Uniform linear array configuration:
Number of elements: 16
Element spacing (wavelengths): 1
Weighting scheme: hann
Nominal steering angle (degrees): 0
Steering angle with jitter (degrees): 1.068
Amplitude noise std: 0.05
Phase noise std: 0.05

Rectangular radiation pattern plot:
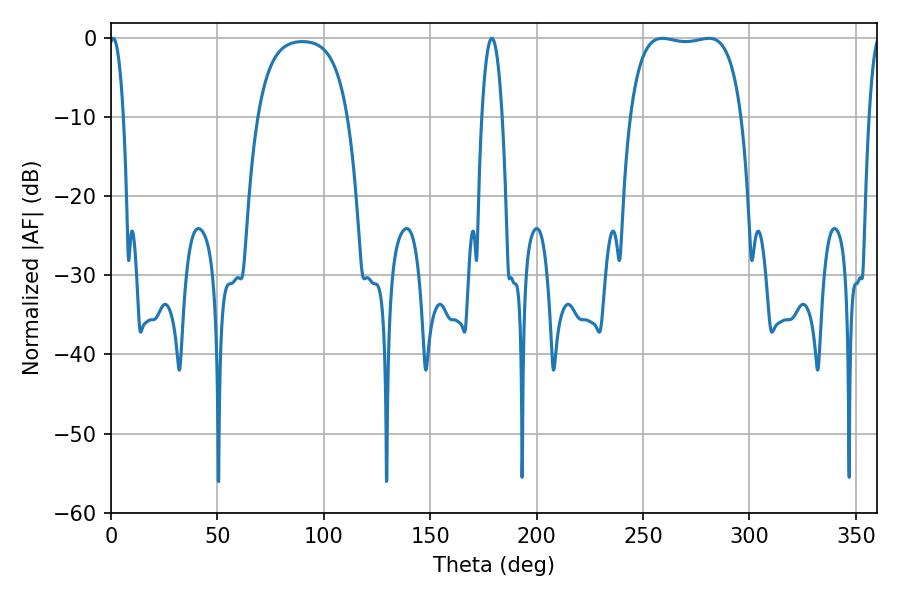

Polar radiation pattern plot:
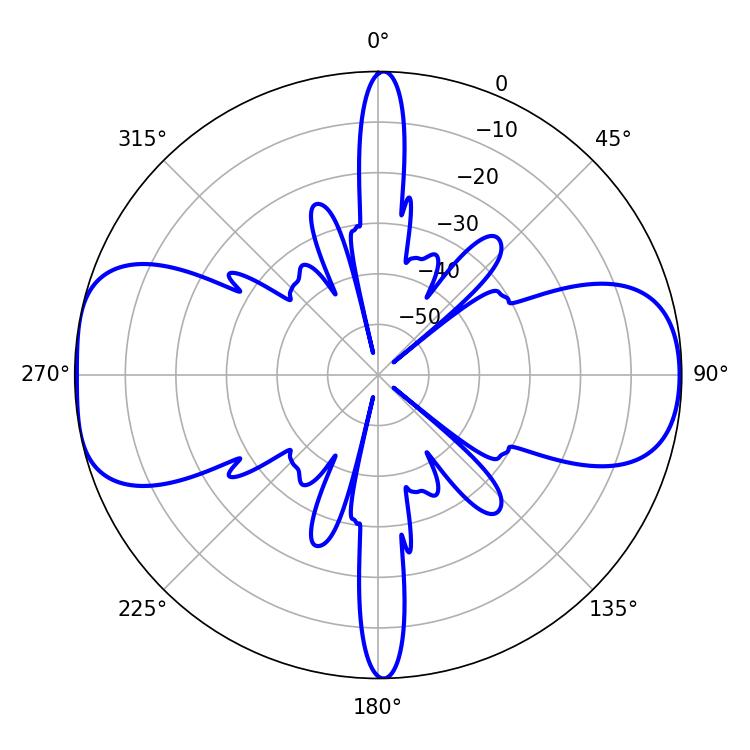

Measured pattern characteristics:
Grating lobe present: TRUE
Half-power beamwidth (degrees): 41.76
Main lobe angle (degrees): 259.02